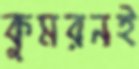
কুমরনই